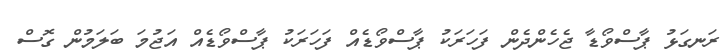
ރަނގަޅު ޕާސްވޯޑާ ޖެހެންދެން ފަހަރަކު ޕާސްވޯޑެއް ފަހަރަކު ޕާސްވޯޑެއް އަޖުމަ ބަލަމުން ގޮސް